Civil Veterinary Dept. North-West Frontier Province 1933-46 - 1933-1946
Year: 1933
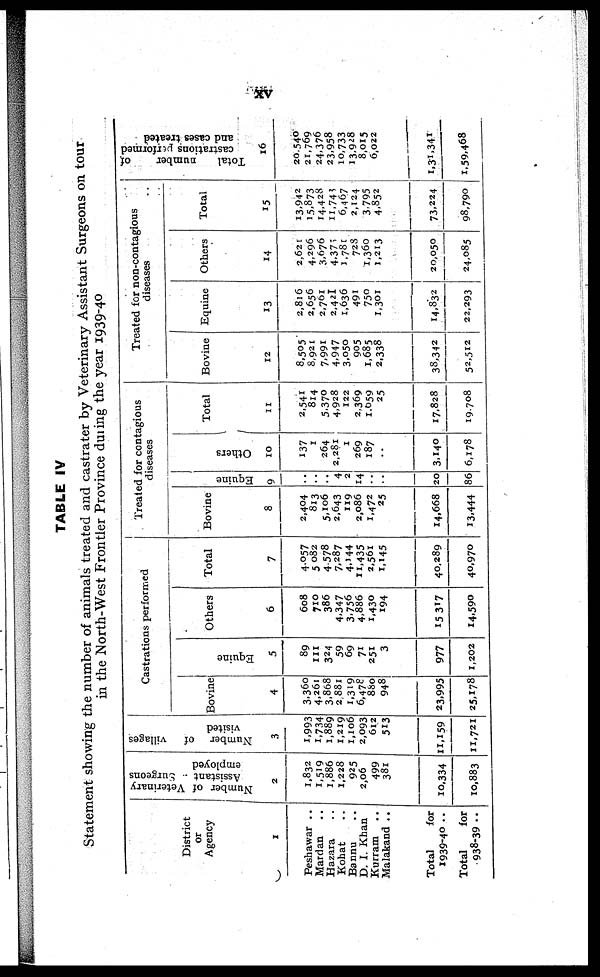
xv
TABLE IV
Statement showing the number of animals treated and castrater by Veterinary Assistant Surgeons on tour
in the North-West Frontier Province during the year 1939-40
District
or
Agency
1
Peshawar ..
Mardan ..
Hazara ..
Kohat ..
Bannu ..
D. I. Khan
Kurram ..
Malakand ..
Total
for
1939-40 ..
Total
for
938-39 ..
Number of Veterinary
Assistant
Surgeons
employed
2
1,832
1,519
1,886
1,228
925
2,06
499
381
10,334
10,883
Number of villages
visited
3
1,993
1,734
1.889
1,219
1,106
2,093
612
513
11,159
11,721
Castrations performed
Bovine
4
3,360
4,261
3,868
2,881
1,319
6,478
880
948
23,995
25,178
Equine
5
89
111
324
59
69
71
251
3
977
1,202
Others
6
608
710
386
4,347
3,756
4,886
1,430
194
15,317
14,590
Total
7
4,057
5,082
4,578
7,287
4,144
11,435
2,561
1,145
40,289
40,970
Treated for contagious
diseases
Bovine
8
2,404
813
5,106
2.643
119
2,086
1,472
25
14,668
13,444
Equine
9
..
..
..
4
2
14
..
..
200
86
Others
10
137
1
264
2,281
1
269
187
..
3,140
6,178
Total
11
2,541
814
5,370
4,928
122
2,369
1,659
25
17,828
19,708
Treated for non-contagious
diseases
Bovine
12
8,505
8,921
7,991
4,947
3,050
905
1,685
2,338
38,342
52,512
Equine
13
2,816
2,656
2,761
2,421
1,636
491
750
1,301
14,832
22,293
Others
14
2,621
4,296
3,676
4,375
1,781
728
1,360
1,213
20,050
24,085
Total
15
13,942
15,873
14,428
11,748
6,467
2,124
3 795
4.852
73,224
98,790
Total numberof
castrations performed
and cases treat
16
20,540
21,769
24,376
23,958
10,733
13,928
8.015
6,022
1,31,341
1,59,468